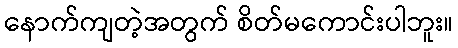
နောက်ကျတဲ့အတွက် စိတ်မကောင်းပါဘူး။